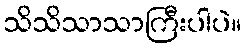
သိသိသာသာကြီးပါပဲ။